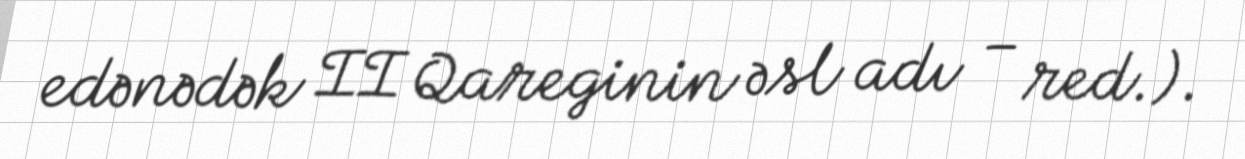
edənədək II Qareginin əsl adı – red.).